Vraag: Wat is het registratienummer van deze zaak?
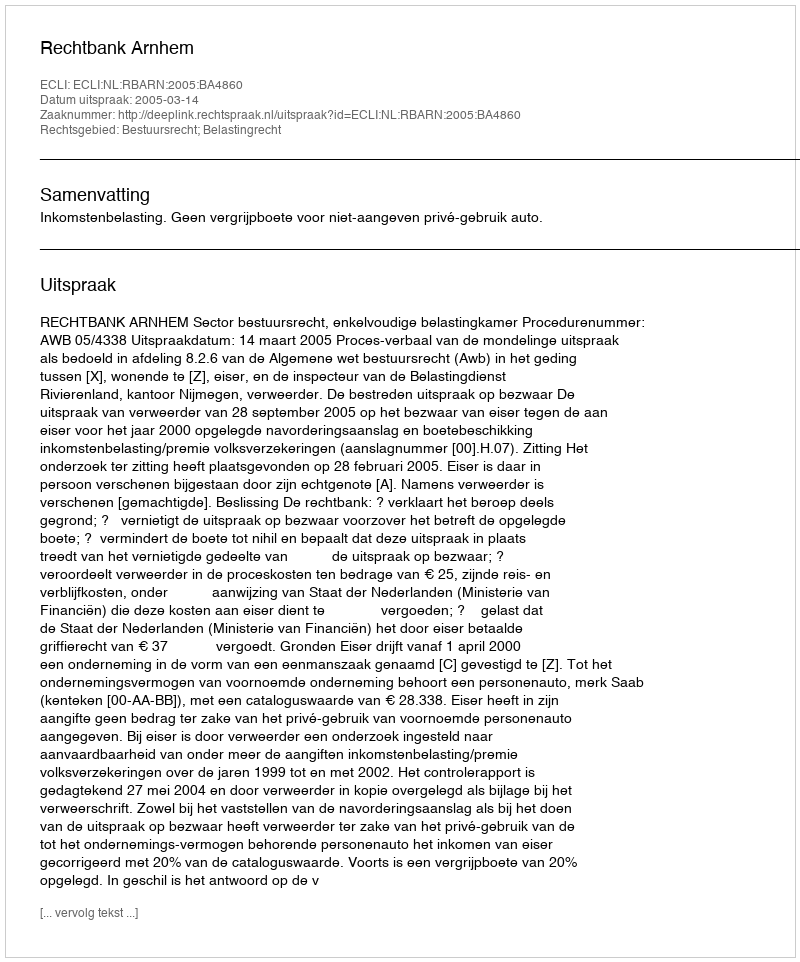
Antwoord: http://deeplink.rechtspraak.nl/uitspraak?id=ECLI:NL:RBARN:2005:BA4860